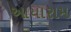
આયારામ